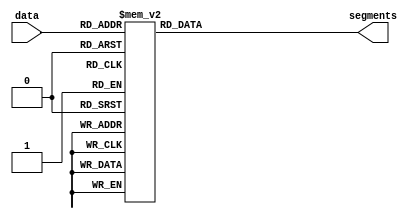
module test_to_sig(
    input [2:0] data,
    output reg [6:0]segments
);

always @(*) begin
    case (data)
        3'b000: segments <= 7'b0001111;
        3'b001: segments <= 7'b1011011;
        3'b010: segments <= 7'b1001111;
        3'b011: segments <= 7'b0001111;
        3'b100: segments <= 7'b0000001;
        3'b101: segments <= 7'b0000001;
        3'b110: segments <= 7'b0000001;
        3'b111: segments <= 7'b0000001;
    endcase
end

endmodule